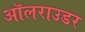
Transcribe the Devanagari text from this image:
ऑलराउडर